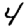
Digit: 4